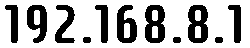
192.168.8.1